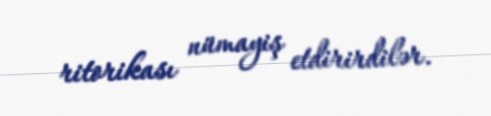
ritorikası nümayiş etdirirdilər.